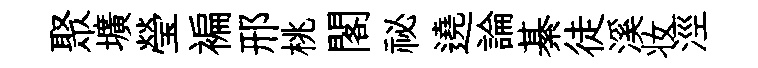
聚壙瑩褊邢桃閣祕遶論綦徒溪妆涇